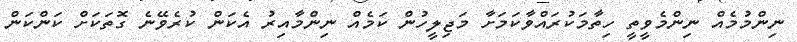
ނިންމުމެއް ނިންމެވީތީ ހިތާމަކުރައްވާކަމަށާ މަޖިލީހުން ކަމެއް ނިންމާއިރު އެކަން ކުރެވޭނެ ގޮތަކަށް ކަންކަން